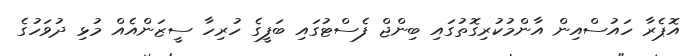
އޮޕެރާ ހައުސްއިން އާންމުކުރިގޮތުގައި ބިންޖް ފެސްޓުގައި ބަފީގެ ހުރިހާ ސީޒަންއެއް މުޅި ދުވަހުގެ